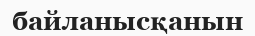
байланысқанын